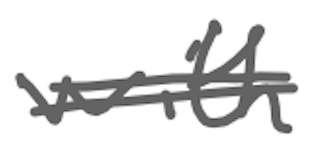
Text: with
Cross-out: double-line
Writing tool: digital_gray